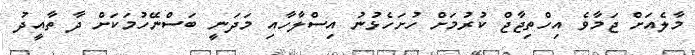
މާލެއަށް ޖަމާވެ އިހްތިޖާޖް ކުރުމަށް ހުށަހެޅުނު އިސްލާހާއި މަދަނީ ބަސްނޭހުމަކަށް ދާ ތާއީދު